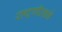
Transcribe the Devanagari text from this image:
राष्ट्रगीताने